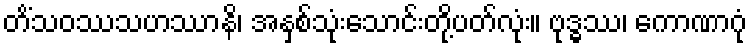
တိံသဝဿသဟဿာနိ၊ အနှစ်သုံးသောင်းတို့ပတ်လုံး။ ဗုဒ္ဓဿ၊ ကောဏာဂုံ